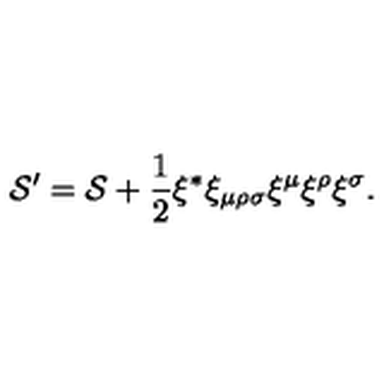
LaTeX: { \cal S } ^ { \prime } = { \cal S } + \mathrm { \small { \frac { 1 } { 2 } } } \xi ^ { * } \xi _ { \mu \rho \sigma } \xi ^ { \mu } \xi ^ { \rho } \xi ^ { \sigma } .